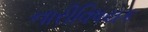
નારીવિષયક